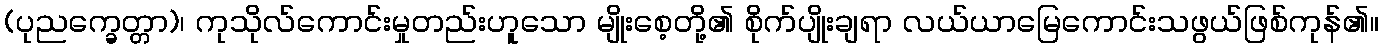
(ပုညက္ခေတ္တာ)၊ ကုသိုလ်ကောင်းမှုတည်းဟူသော မျိုးစေ့တို့၏ စိုက်ပျိုးချရာ လယ်ယာမြေကောင်းသဖွယ်ဖြစ်ကုန်၏။